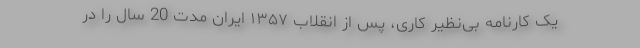
یک کارنامه بی‌نظیر کاری، پس از انقلاب ۱۳۵۷ ایران مدت 20 سال را در